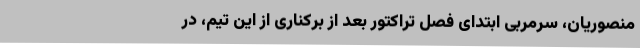
منصوریان، سرمربی ابتدای فصل تراکتور بعد از برکناری از این تیم، در